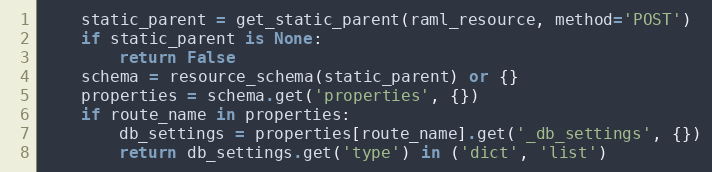
Language: Python
    static_parent = get_static_parent(raml_resource, method='POST')
    if static_parent is None:
        return False
    schema = resource_schema(static_parent) or {}
    properties = schema.get('properties', {})
    if route_name in properties:
        db_settings = properties[route_name].get('_db_settings', {})
        return db_settings.get('type') in ('dict', 'list')